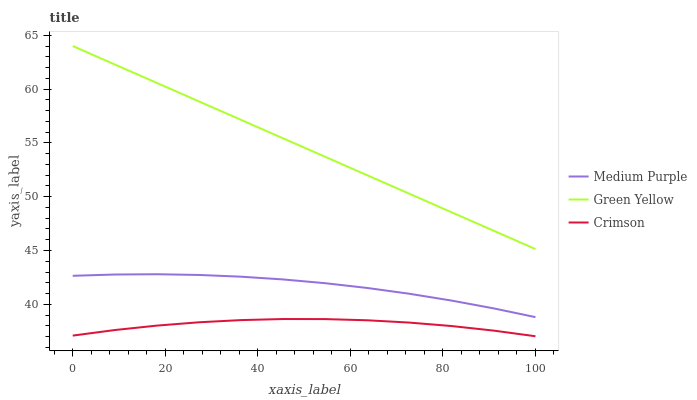
| xaxis_label | Medium Purple | Green Yellow | Crimson |
 | --- | --- | --- | --- |
 | 0 | 42.7 | 64 | 37.1 |
 | 9.09 | 42.8 | 62.3 | 37.6 |
 | 18.2 | 42.8 | 60.6 | 38 |
 | 27.3 | 42.7 | 58.9 | 38.3 |
 | 36.4 | 42.6 | 57.1 | 38.5 |
 | 45.5 | 42.3 | 55.4 | 38.6 |
 | 54.5 | 42 | 53.7 | 38.6 |
 | 63.6 | 41.5 | 52 | 38.5 |
 | 72.7 | 41 | 50.3 | 38.3 |
 | 81.8 | 40.4 | 48.6 | 38 |
 | 90.9 | 39.6 | 46.8 | 37.6 |
 | 100 | 38.8 | 45.1 | 37 |